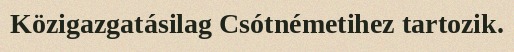
Közigazgatásilag Csótnémetihez tartozik.